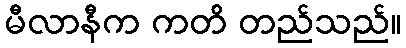
မီလာနီက ကတိ တည်သည်။